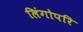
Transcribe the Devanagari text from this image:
लिंगोपरि